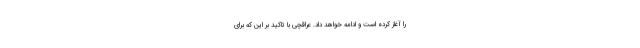
را آغاز کرده است و ادامه خواهد داد. عراقچی با تاکید بر این که برای